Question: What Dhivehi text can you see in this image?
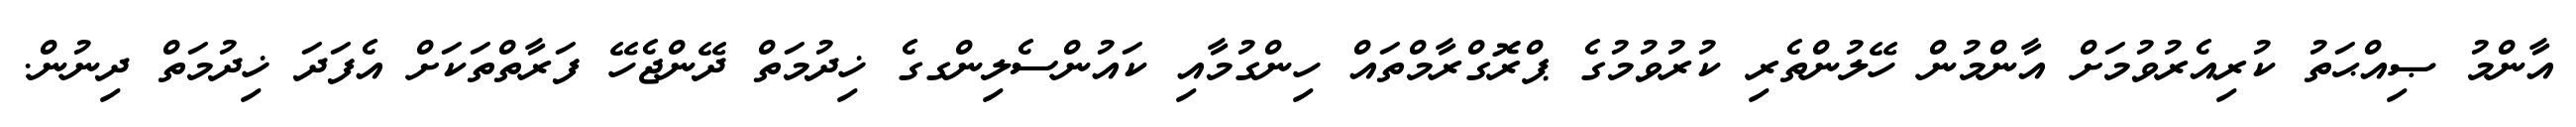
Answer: އާންމު ޞިއްޙަތު ކުރިއެރުވުމަށް އާންމުން ހޭލުންތެރި ކުރުވުމުގެ ޕްރޮގްރާމްތައް ހިންގުމާއި ކައުންސެލިންގގެ ޚިދުމަތް ދޭންޖެހޭ ފަރާތްތަކަށް އެފަދަ ޚިދުމަތް ދިނުން.